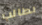
نطالب